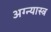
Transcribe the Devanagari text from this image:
अग्न्यास्त्र